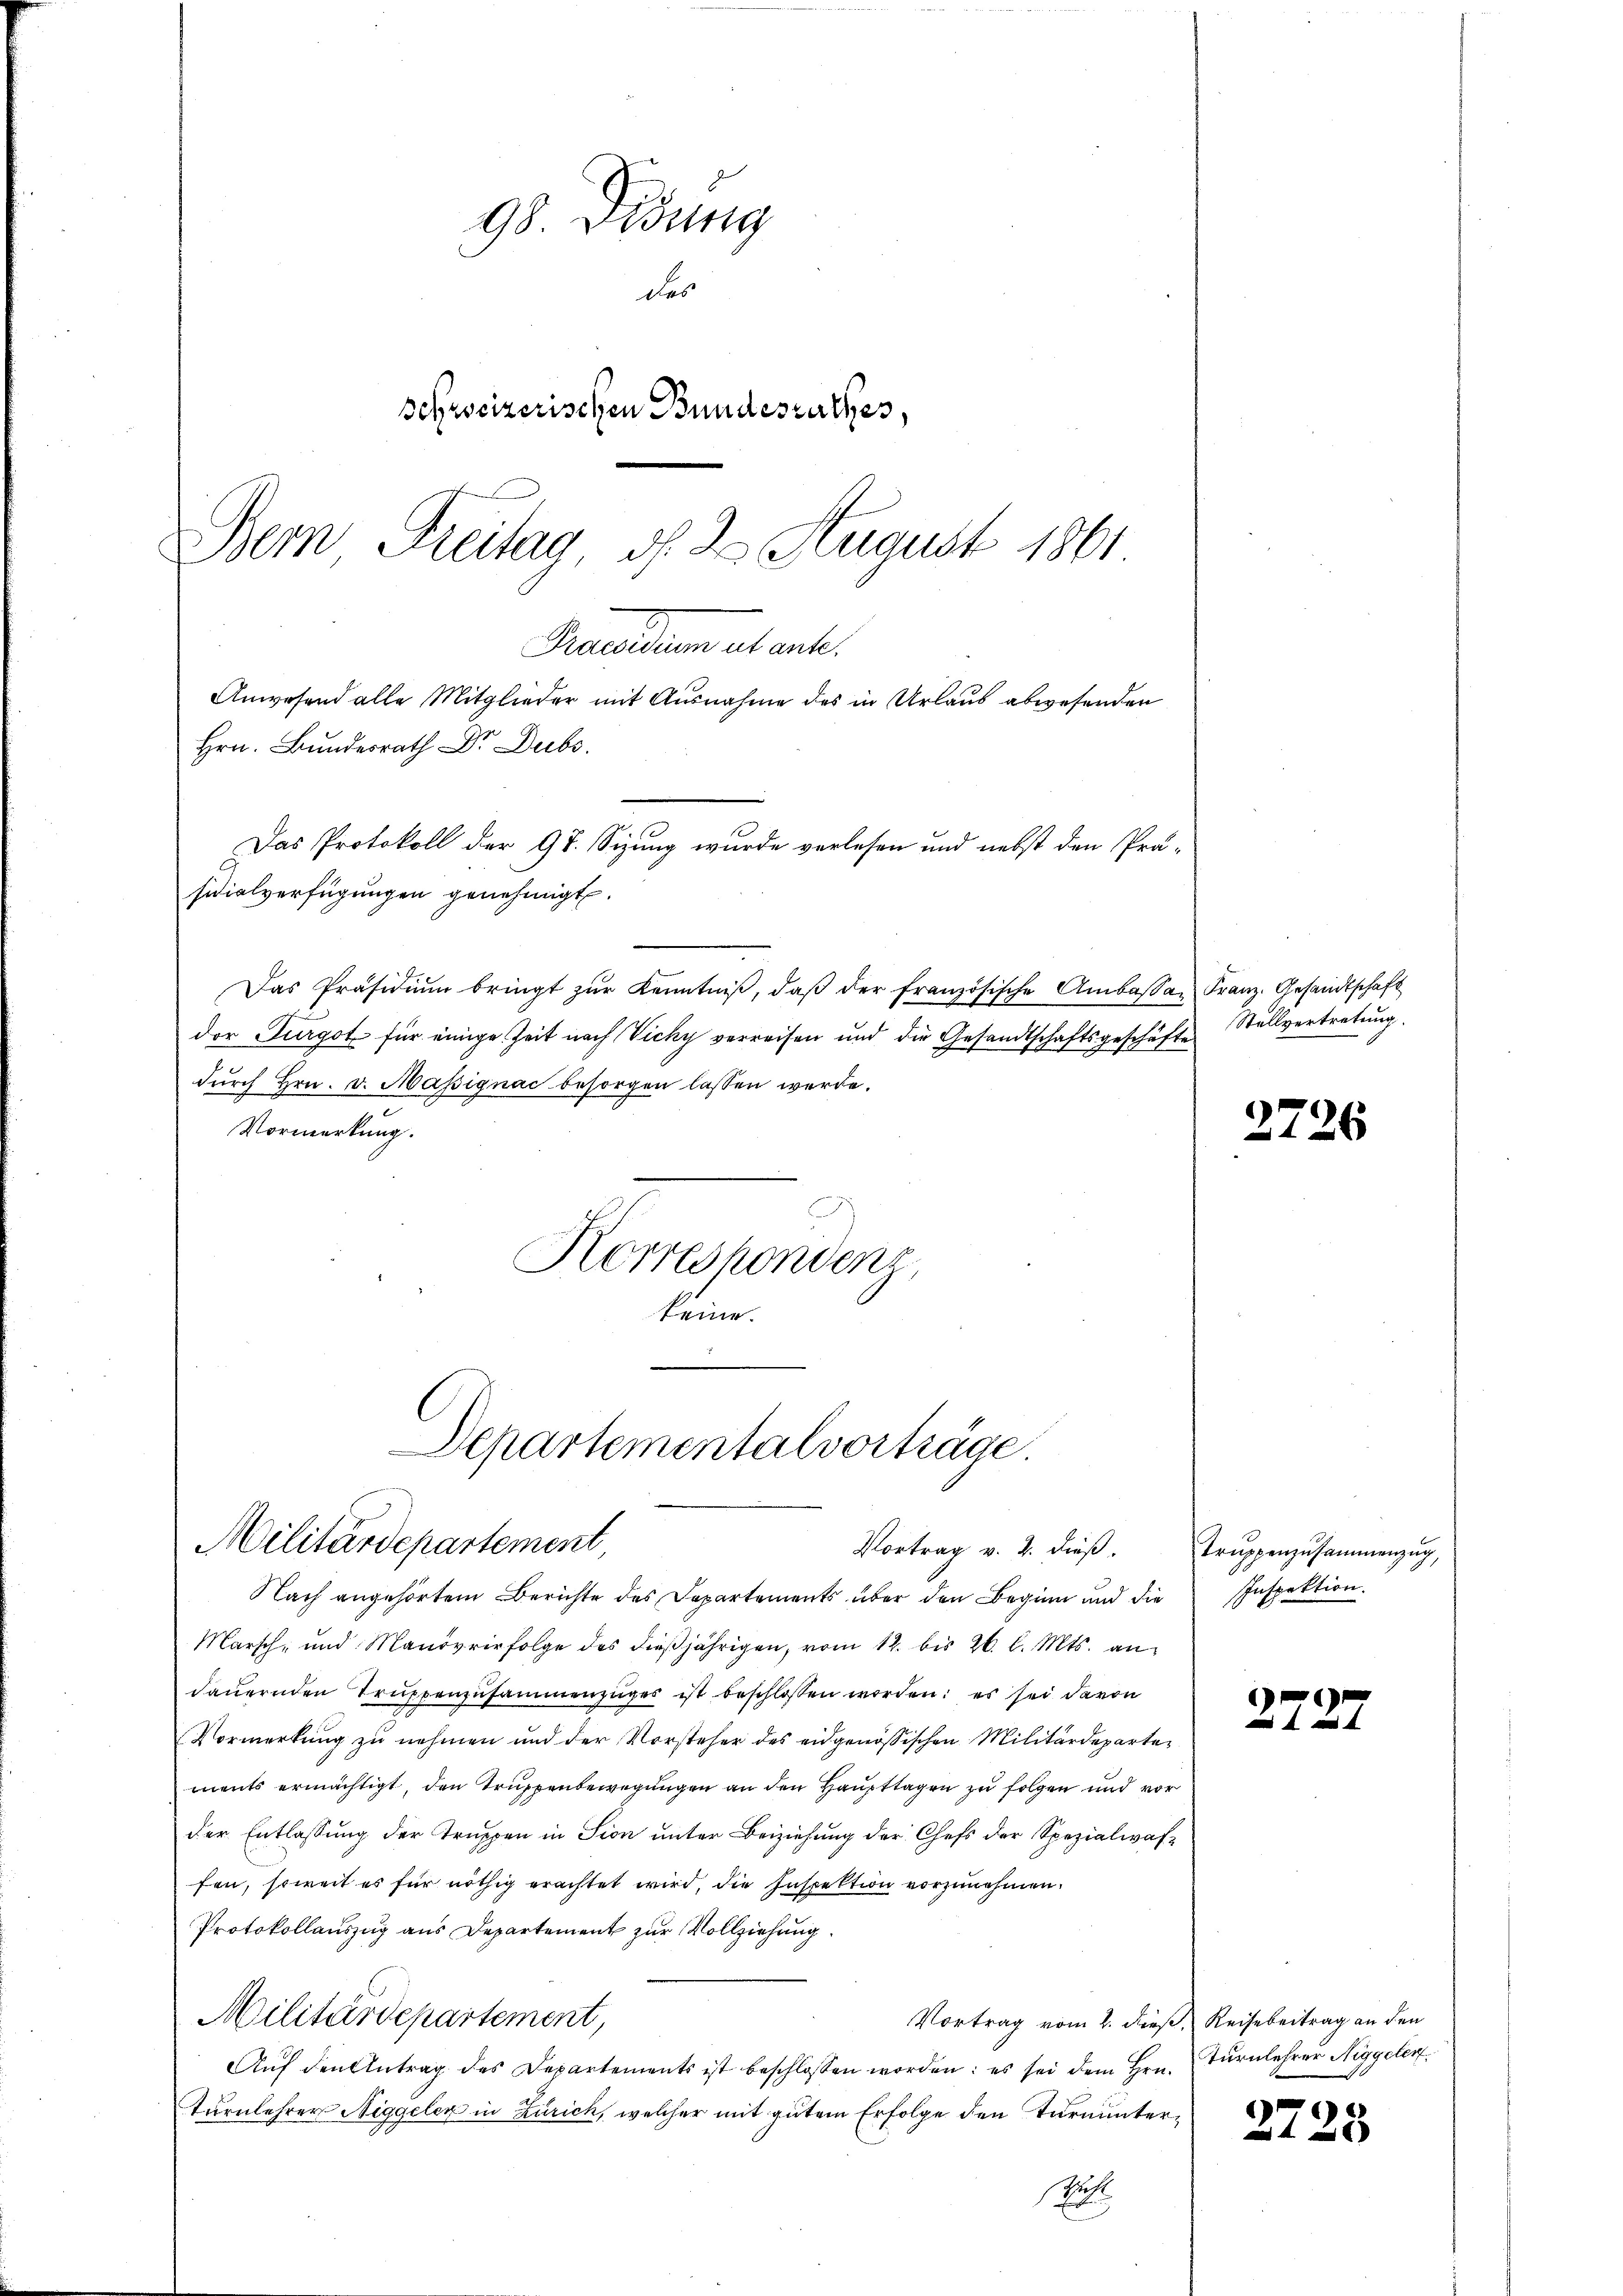
98. Didung
des
schweizerischen Bundesrathes,
Bemn Freitag d. 2. August 1861

sidialverfügungen genehmigt.
Das Präsidiŭm bringt zŭr Kenntniβ, daβ der französische Ambassen Franz. Gesandtschaft
der Turgot für einige Zeit nach Vicky verreisen und die Gesandtschaftsgeschäfte
dŭrch Hrn. v. Massignac besorgen lassen werde.
Vormerkung.
Herreshondenz
keine.

Praesidum et ent
Anwesend alle Mitglieder mit Ausnahme des in Urlaub abwesenden
Hrn. Bundesrath Dr. Dubs
Das Protokoll der 97. Sizung wurde verlesen und nebst den Prä-

Departementalvorträge.
Militärdepartement
Vortrag v. 2. dieß.

Nach angehörtem Berichte des Departements über den Beginn und die
Marsch, und Manövrirfolge des dieβjährigen, vom 12. bis 26. l. Mts. andauernden Truppenzusammenzuges ist beschlossen worden: es sei davon
Vormerkŭng zŭ nehmen und der Vorsteher des eidgenössischen Militärdeparter
ments ermächtigt, den Truppenbewegungen an den Haupttagen zu folgen und vor
der Entlassung der Truppen in Sion unter Beiziehung der Chefs der Spezialwaffen, soweit es für nöthig erachtet wird, die Inspektion vorzunehmen.
Protokollauszug aus Departement zur Vollziehung.
Militärdepartement,
Vortrag vom 2. dieß, Reisebertrag an den
Auf den Antrag des Departements ist beschlossen worden: es sei dem Hrn.
Turnlehrer Niggeler in Zürich, welcher mit gutem Erfolge den Turnunter¬
u

Stellvertretung.

2726

Truppenzusammenzug,
Inspektion.

3

Turnlehrer Niggeler.

3

728